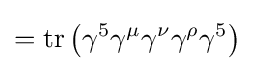
=\operatorname {tr} \left(\gamma ^{5}\gamma ^{\mu }\gamma ^{\nu }\gamma ^{\rho }\gamma ^{5}\right)